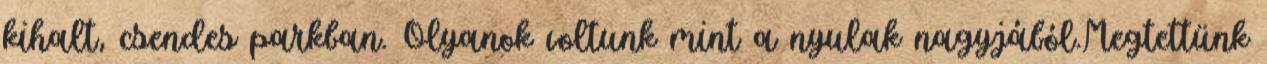
kihalt, csendes parkban. Olyanok voltunk mint a nyulak nagyjából.Megtettünk